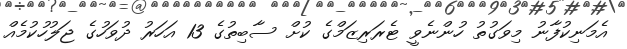
އެމަނިކުފާނު މިވަގުތު ހުންނެވީ ޓެރަރިޒަމްގެ ކުށް ސާބިތުގެ 13 އަހަރު ދުވަހުގެ ޖަލުހުކުމެއް